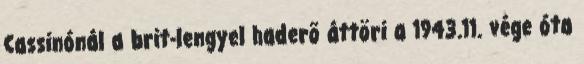
Cassinónál a brit-lengyel haderõ áttöri a 1943.11. vége óta